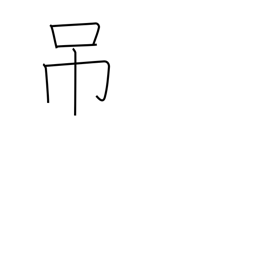
Meaning: hang